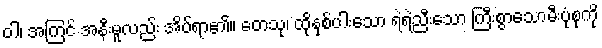
ဝါ၊ အကြင် အနီးမူလည်း အိပ်ရာ၏။ တေသု၊ ထိုနှစ်ပါးသော ရဲရဲညီးသော ကြီးစွာသောမီးပုံစုကို